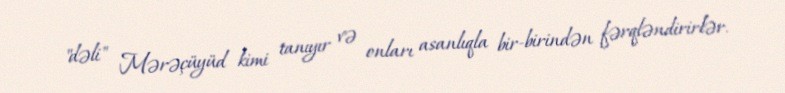
"dəli" Mərəçüyüd kimi tanıyır və onları asanlıqla bir-birindən fərqləndirirlər.